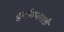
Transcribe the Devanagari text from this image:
दुर्गाशप्तशती